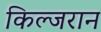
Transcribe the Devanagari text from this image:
किल्जरान